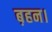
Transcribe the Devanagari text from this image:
ब़हन।